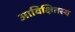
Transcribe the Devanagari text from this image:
आविक्षितस्य